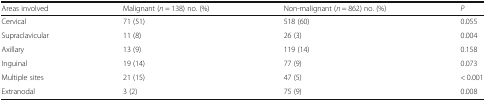
| Areas involved | Malignant (n = 138) no. (%) | Non-malignant (n = 862) no. (%) | P |
 | --- | --- | --- | --- |
 | Cervical | 71 (51) | 518 (60) | 0.055 |
 | Supraclavicular | 11 (8) | 26 (3) | 0.004 |
 | Axillary | 13 (9) | 119 (14) | 0.158 |
 | Inguinal | 19 (14) | 77 (9) | 0.073 |
 | Multiple sites | 21 (15) | 47 (5) | < 0.001 |
 | Extranodal | 3 (2) | 75 (9) | 0.008 |